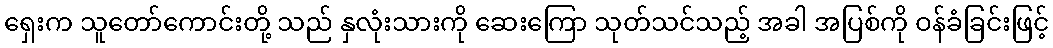
ရှေးက သူတော်ကောင်းတို့ သည် နှလုံးသားကို ဆေးကြော သုတ်သင်သည့် အခါ အပြစ်ကို ဝန်ခံခြင်းဖြင့်